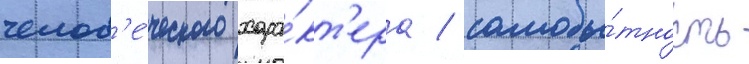
челов'е́ческого хара́кт'ера / самобы́тность